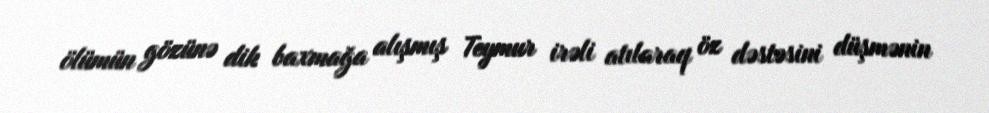
ölümün gözünə dik baxmağa alışmış Teymur irəli atılaraq öz dəstəsini düşmənin